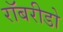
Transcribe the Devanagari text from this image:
रॉबरीडो